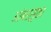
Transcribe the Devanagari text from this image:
आंबरसुका